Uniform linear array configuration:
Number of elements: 12
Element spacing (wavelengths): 0.75
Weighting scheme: binomial
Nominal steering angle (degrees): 60
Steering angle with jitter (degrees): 60.574
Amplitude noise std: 0.05
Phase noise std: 0.05

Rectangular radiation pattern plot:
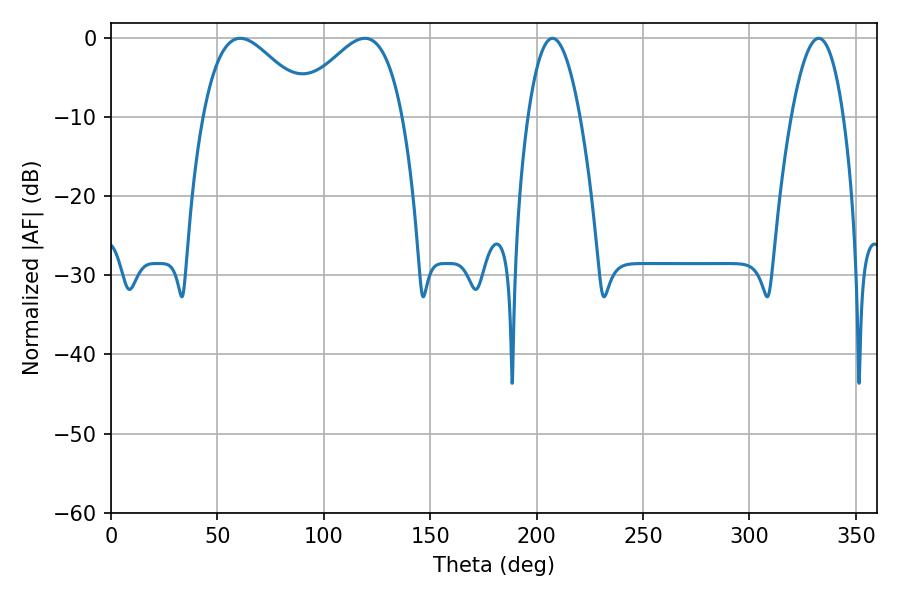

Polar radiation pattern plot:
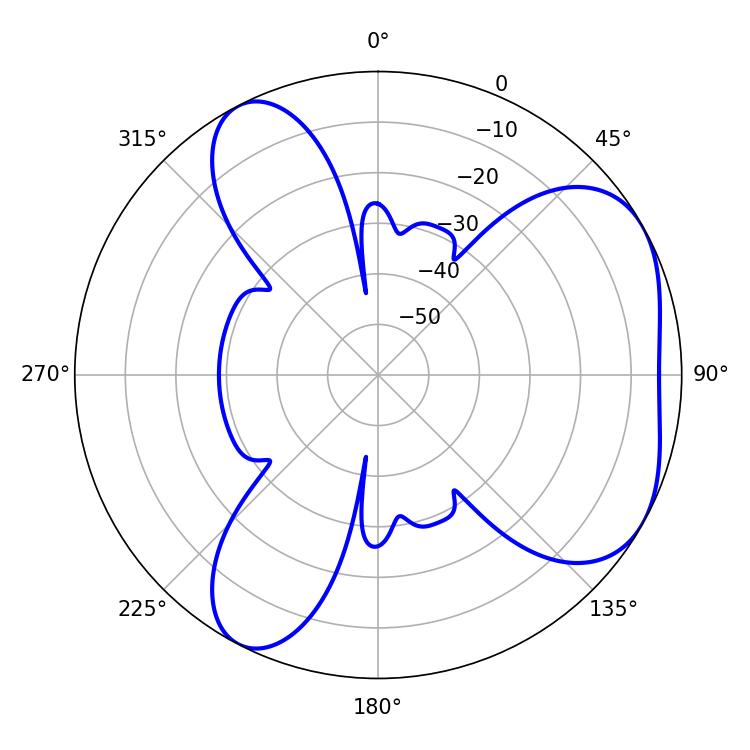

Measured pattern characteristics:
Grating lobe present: TRUE
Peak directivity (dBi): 4.763
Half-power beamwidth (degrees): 27.54
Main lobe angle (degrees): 60.66